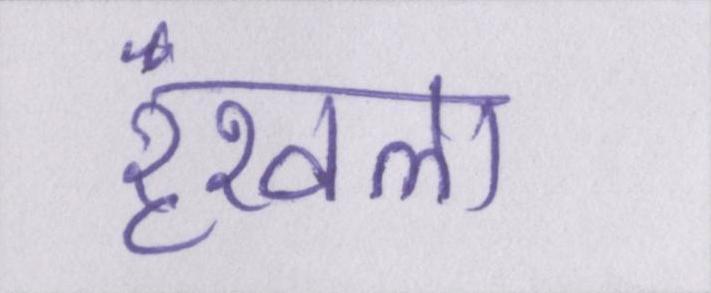
रॄंखला